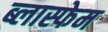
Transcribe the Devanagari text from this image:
ब्लास्फेम